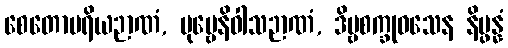
စေတောပရိယဉာဏံ, ပုဗ္ဗေနိဝါသဉာဏံ, ဒိဗ္ဗစက္ခုဝသေန နိပ္ဖန္နံ